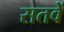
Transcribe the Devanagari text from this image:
सतवें